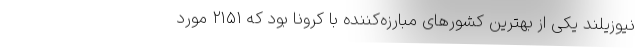
نیوزیلند یکی از بهترین کشورهای مبارزه‌کننده با کرونا بود که ۲۱۵۱ مورد